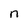
Character: n